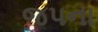
જપના